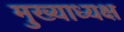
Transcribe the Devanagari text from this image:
मुख्याध्यक्ष